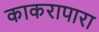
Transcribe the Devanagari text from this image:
काकरापारा